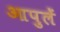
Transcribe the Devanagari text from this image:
आपुलें